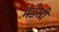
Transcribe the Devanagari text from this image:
मँडेसी